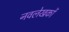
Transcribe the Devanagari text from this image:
नवलेखकों